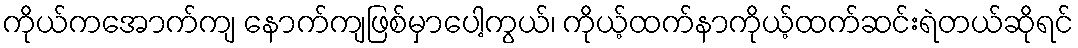
ကိုယ်ကအောက်ကျ နောက်ကျဖြစ်မှာပေါ့ကွယ်၊ ကိုယ့်ထက်နာကိုယ့်ထက်ဆင်းရဲတယ်ဆိုရင်